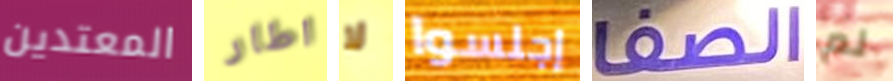
المعتدين اطار لا إجلسوا الصفا لم